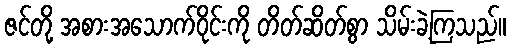
ဇင်တို့ အစားအသောက်ဝိုင်းကို တိတ်ဆိတ်စွာ သိမ်းခဲ့ကြသည်။